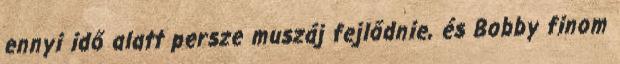
ennyi idő alatt persze muszáj fejlődnie, és Bobby finom